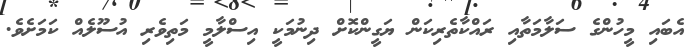
އެބައި މީހުންގެ ސަލާމަތާއި ރައްކާތެރިކަން ޔަގީންކޮށް ދިނުމަކީ އިސްލާމީ މަތިވެރި އުސޫލެއް ކަަމަށެވެ.